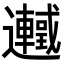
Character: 𬩰